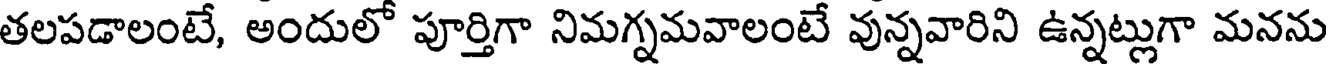
తలపడాలంటే, అందులో పూర్తిగా నిమగ్నమవాలంటే వున్నవారిని ఉన్నట్లుగా మనను